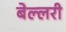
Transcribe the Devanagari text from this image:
बेल्लरी